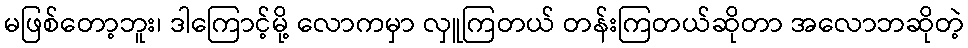
မဖြစ်တော့ဘူး၊ ဒါကြောင့်မို့ လောကမှာ လှူကြတယ် တန်းကြတယ်ဆိုတာ အလောဘဆိုတဲ့